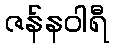
ဇန်နဝါရီ